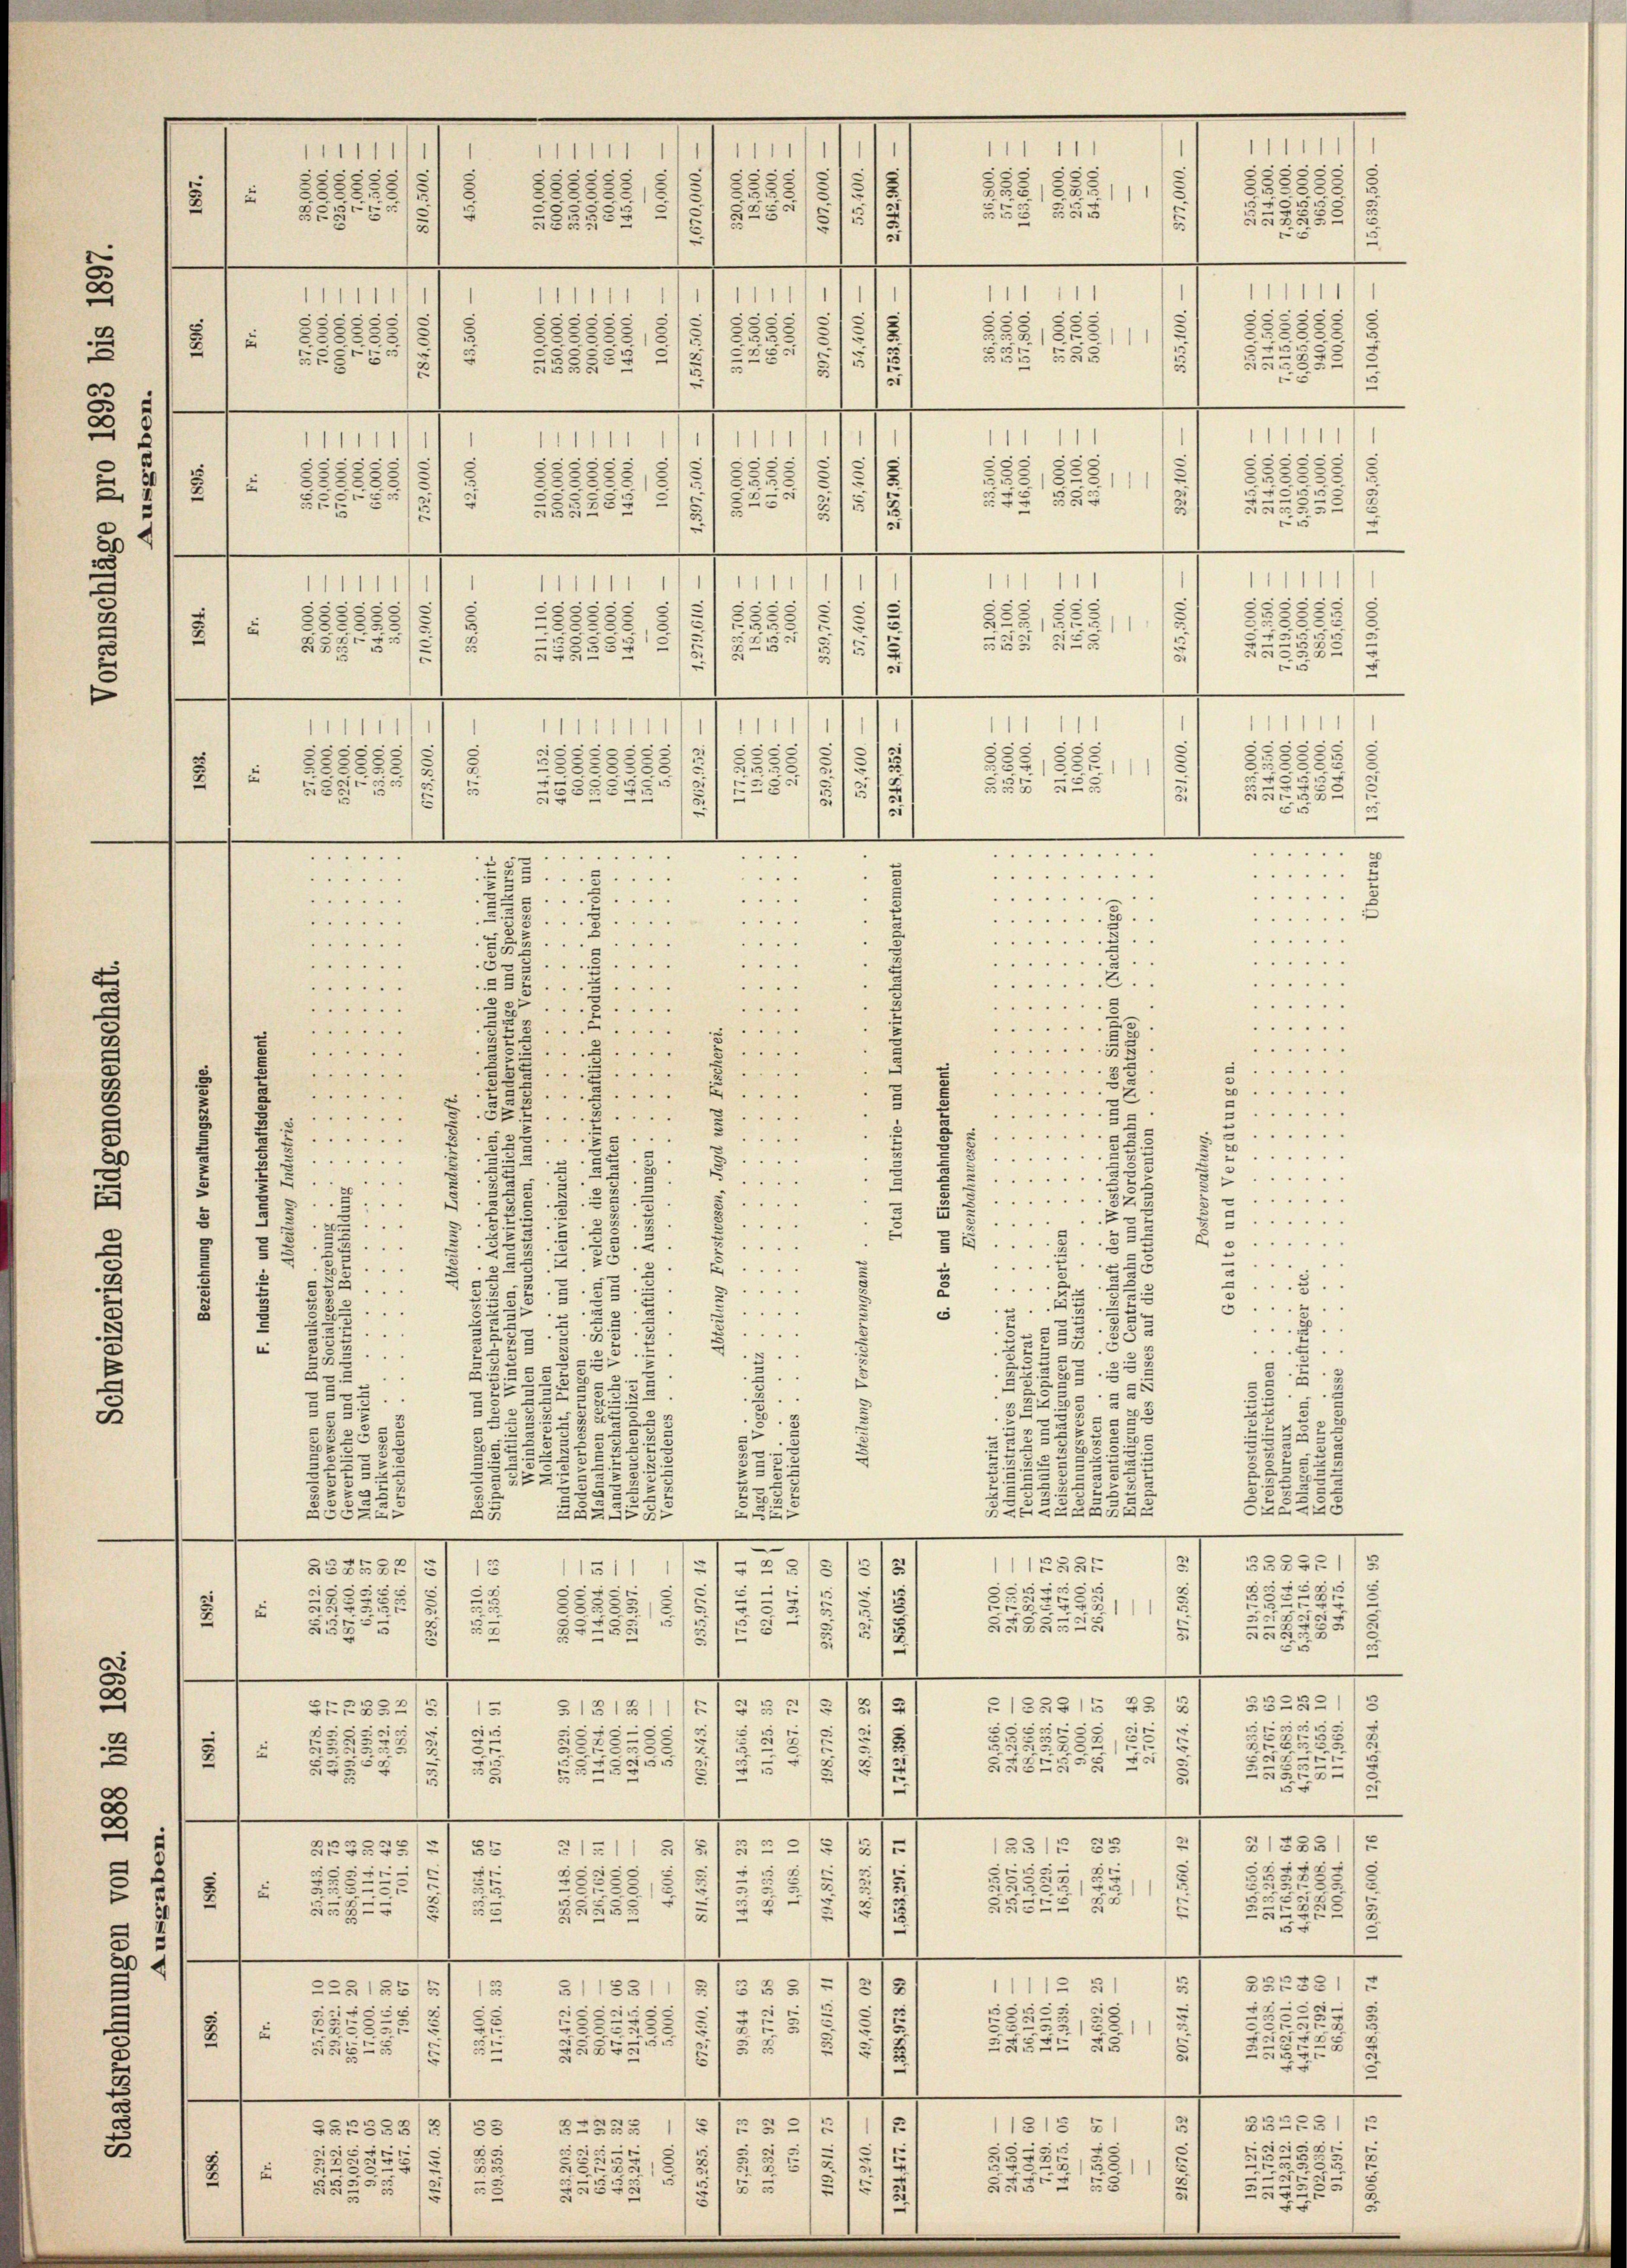
5
8
3

. . . . . . . . 1
 . . . . . . . . .
...... " "
.
.
5..
5
" 1.
.. . . .
.
.
. . . . . .
.
E

 . . .
 . . . . 1
. . . . . .
23
s
 . . .
.. . . . .
.
.
4 " " " "
.
. . . .
. . . . .
 . . .
.
. . . . .
...
.
 ...
.

8
.....

.

.
8
s
5
. " " " "
.

3....
2
u
.
.
 . . .
"
 . . . . .
2
:
x
5
.
 ....
3
.
2
 . . . . .

2
3
B
 . . .
d
.
s
53
.
e
.
 . . . . .
5
 . . . . .
.
.
5

s
4
.
.
.
 . . . . .
e
 . .
2
u
5
.
5
.....
 ..
25
u
d
u
§5.....
g

"
8
5
5
2
.
u
d
 . .
 . . .
5
e
 . .
u
.

u
3
5
.
2
"
 . . .
u
es
5
.
33
.
52
. . . .
5
.
u
3
u
.
2
3
¬
33
5
e
e
e
.
52
.
.
3
.
B
2
8
53
33.
3
2
1
u
¬
7
2
3 2
2

E
2.
2
u
2
5.
u
222
232:
5
s
2x
5
3
2
3
55
u
22222542
5

1
e
557
n
.
.
—
e
-
s
e

2
(12555
S52584
5
1151
3

r
5
2
§855521
2
8
.
2
u
25
585225
1

d
1
1
5
.
.
e
e
e
1
2

§ 1858/5
5
.
5131811.
“
1

ein
155
25
¬
B
.
3
572
22.
2
3
SABEG 25
325
5
.
u
 u
5
.
.
x
.
1
—
7
4
e
e
5
.
1331. 83
§ 1311 5
x
Br
1
a
e
d
e
e
r
.
3
228
325
2
255
u
5
u
2
§ 22
2
5
.
¬
i

.
d
e
e
.
—
—
e
31
51 1831
33
22555
5
15
2
¬
.
c
¬
.
28
5
u
52
85
u
x
12
55
5552
555
.
e
.
.
.
.
—
x
.
s
11815 5
521
52
2
SSEST52
2285
.
3
e
s
F
u
535.
.
Zu
125
2
2
2
1525
E
.

11111
11111
1
“
1
f
5
5
s
88885
i
1/4 158855/5
255,898/11
u
5250
.
u
5
555.
5
2235.
i
.
1
1
1
1
5

s
15

s
51
2
2.
15
28
8:
2222
33
u
5
8
1
5
z
25
5
3/3
ch 25
885.
s
5
u
5
—
1
1
1
1
11111
5
3
13
2
2
82
58:
2
8288
555,828/1
3
22
u.
2
5
52
Exx
2

u
2428§ 22
s
5
u
.
2
.
e
1
1
.
1
1111
1
1
1
8
s
5
5
8888.
 155
88882
8888
)
255
u
2
1
554.
s
555 555
u
53
3
2
.
1
.
1
1
1
1

u
5
5
1
s
25
u
u
258
2
11
2
2838
u
.
3
u
u
2
2
2
 255
.
82
u
2
c
2
e
—
.

5

.
.. . . . . .
.. . . .
225
 . . .
 . . .
......
5....
. . . .
.
. . . . .

 45
 ...
"

SS 55

.

2

.
.
3.
5
Laue
3252115
23
2
3
u
e
5525
21
.
e
31355
27
3
222
8
5
u
e
32282/
5
8
2
—
—
35255
.
2
2
5